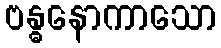
ဗန္ဓနောကာသော